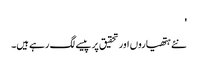
'
نئے ہتھیاروں اور تحقیق پر پیسے لگ رہے ہیں۔